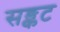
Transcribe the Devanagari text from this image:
सङ्कट